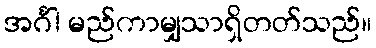
အင်္ဂါ မည်ကာမျှသာရှိတတ်သည်။